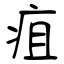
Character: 疽